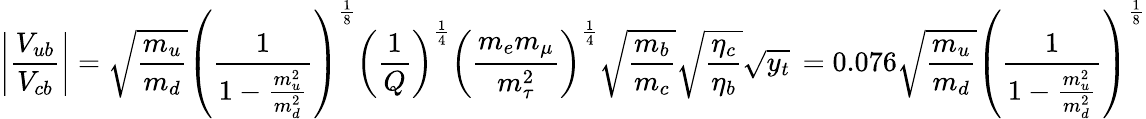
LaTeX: \left|{\frac{V_{ub}}{V_{cb}}}\right|=\sqrt{{\frac{m_{u}}{m_{d}}}}\left({\frac{1}{1-{\frac{m_{u}^{2}}{m_{d}^{2}}}}}\right)^{{\frac{1}{8}}}\left({\frac{1}{Q}}\right)^{{\frac{1}{4}}}\left({\frac{m_{e}m_{\mu}}{m_{\tau}^{2}}}\right)^{{\frac{1}{4}}}\sqrt{{\frac{m_{b}}{m_{c}}}}\sqrt{{\frac{\eta_{c}}{\eta_{b}}}}\sqrt{y_{t}}\, =0.076\sqrt{{\frac{m_{u}}{m_{d}}}}\left({\frac{1}{1-{\frac{m_{u}^{2}}{m_{d}^{2}}}}}\right)^{{\frac{1}{8}}}